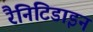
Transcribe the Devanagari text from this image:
रैनिटिडाइन